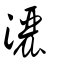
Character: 灑